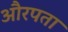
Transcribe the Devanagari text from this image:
औरपता